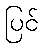
ပြင်